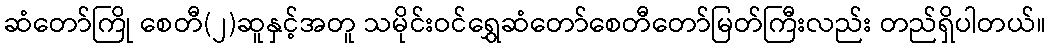
ဆံတော်ကြို စေတီ(၂)ဆူနှင့်အတူ သမိုင်းဝင်ရွှေဆံတော်စေတီတော်မြတ်ကြီးလည်း တည်ရှိပါတယ်။